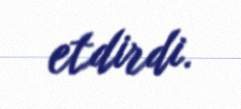
etdirdi.